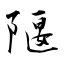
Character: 隁